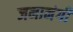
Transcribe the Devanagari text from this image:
जनानंगी